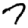
Digit: 7